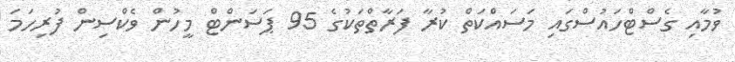
ވުމާއި ގެސްޓްހައުސްގައި މަސައްކަތް ކުރާ ފަރާތްތަކުގެ 95 ޕަސަންޓް މީހުން ވެކްސިން ފުރިހަމަ